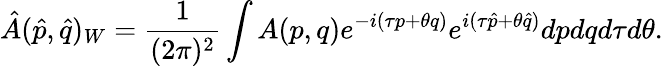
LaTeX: \hat{A}(\hat{p},\hat{q})_{W}=\frac{1}{(2\pi)^{2}}\int A(p,q)e^{-i(\tau p+\theta q)}e^{i(\tau\hat{p}+\theta\hat{q})}dpdqd\tau d\theta.